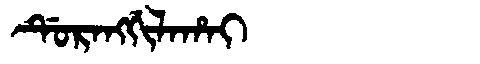
Manchu: ᡩᡠᡵᠠᠩᡤᡳᠯᠠᡥᠠᡳ
Romanization: DURANGGILAHAI